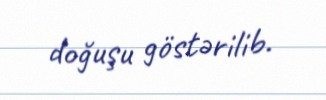
doğuşu göstərilib.